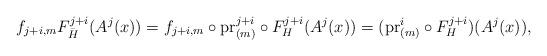
LaTeX: \begin{align*}f_{j+i, m} F^{j+i}_{\bar{H}} (A^{j}(x))= f_{j+i, m} \circ \mathrm{pr}^{j+i}_{(m)} \circ F_{H}^{j+i} (A^{j}(x))=(\mathrm{pr}^{i}_{(m)} \circ F^{j+i}_{H})(A^{j}(x)),\end{align*}